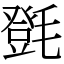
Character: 㲪